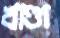
খাণ্ডা